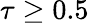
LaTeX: \tau\geq 0.5